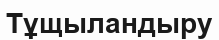
Тұщыландыру